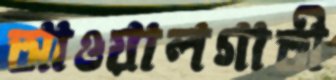
আওয়ালগাতী